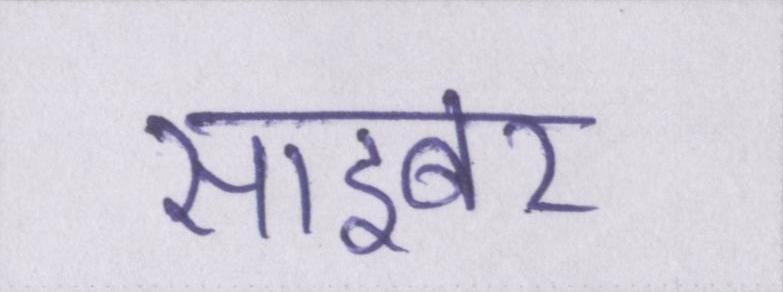
साइबर